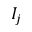
I _ { j }